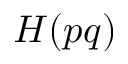
H ( p q )